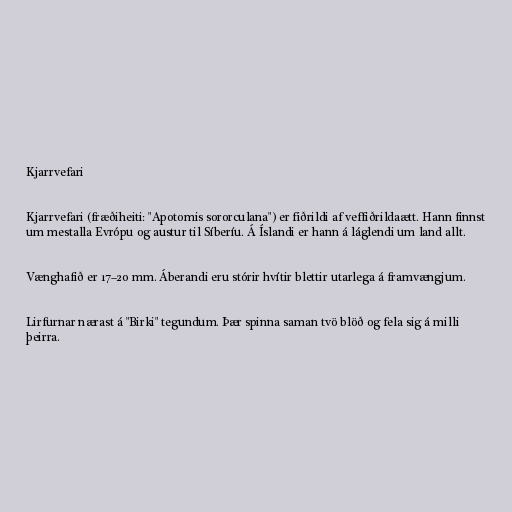
Kjarrvefari

Kjarrvefari (fræðiheiti: "Apotomis sororculana") er fiðrildi af veffiðrildaætt. Hann finnst
um mestalla Evrópu og austur til Síberíu. Á Íslandi er hann á láglendi um land allt.

Vænghafið er 17–20 mm. Áberandi eru stórir hvítir blettir utarlega á framvængjum.

Lirfurnar nærast á "Birki" tegundum. Þær spinna saman tvö blöð og fela sig á milli
þeirra.